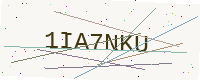
Text: 1IA7NKU